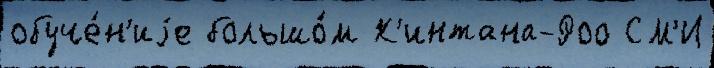
обуче́н'иjе большо́м К'интана-Роо СМ'И